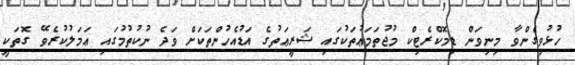
ހުޅުވިގެންވާ މިނިވަން ޑިމޮކްރެޓިކް މުޖުތަމަޢުތަކުގައި ޝަރީޢަތުގެ އަޑުއެހުންތަކަށް ވަދެ ނުކުތުމުގައި ޢަމަލުކުރެވޭ ގޮތަކީ